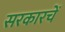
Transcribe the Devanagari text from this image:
सरकारचें